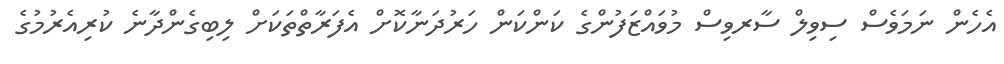
އެހެން ނަމަވެސް ސިވިލް ސާރވިސް މުވައްޒަފުންގެ ކަންކަން ހަރުދަނާކޮށް އެފަރާތްތަކަށް ލިބިގެންދާނެ ކުރިއެރުމުގެ